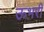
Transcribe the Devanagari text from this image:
ऊभरी